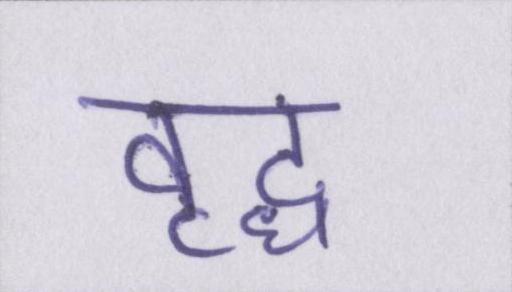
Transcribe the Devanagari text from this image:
वृद्ध